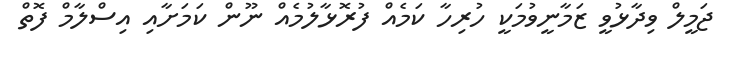
ޖަމީލް ވިދާޅުވީ ޒަމާނީވުމަކީ ހުރިހާ ކަމެއް ފުރޮޅާލުމެއް ނޫން ކަމަށާއި އިސްލާމް ފޮތް